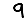
Digit: 9